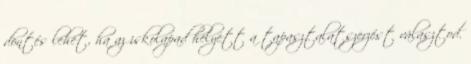
döntés lehet, ha az iskolapad helyett a tapasztalatszerzést választod.